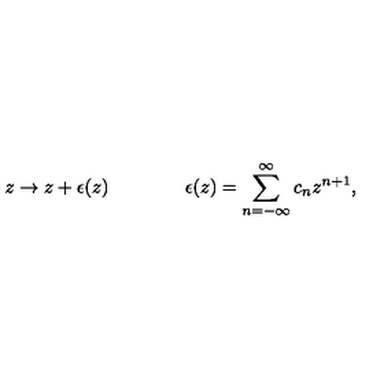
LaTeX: z \rightarrow z + \epsilon ( z ) \qquad \qquad \epsilon ( z ) = \sum _ { n = - \infty } ^ { \infty } c _ { n } z ^ { n + 1 } ,